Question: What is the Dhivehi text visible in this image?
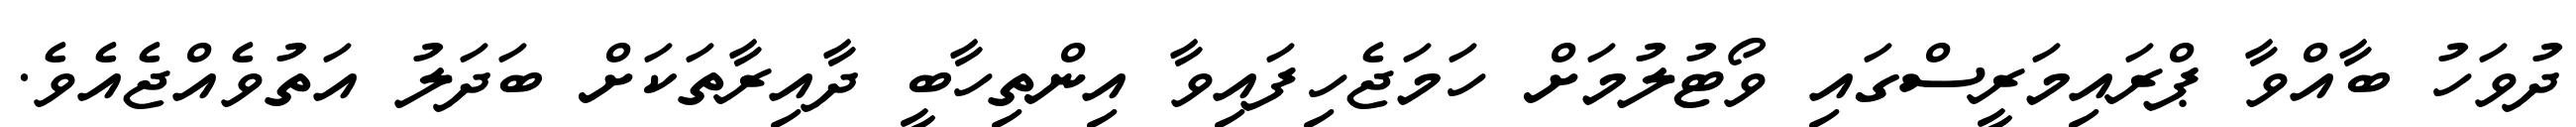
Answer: ދުވަހު ބާއްވާ ޕްރައިމަރީސްގައި ވޯޓުލުމަށް ހަމަޖެހިފައިވާ އިންތިހާބީ ދާއިރާތަކަށް ބަދަލު އަތުވެއްޖެއެވެ.